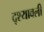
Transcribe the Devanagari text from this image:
द्श्यावली